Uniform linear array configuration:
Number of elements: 24
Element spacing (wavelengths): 1
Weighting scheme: hamming
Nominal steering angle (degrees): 30
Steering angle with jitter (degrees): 29.266
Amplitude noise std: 0.05
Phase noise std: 0.05

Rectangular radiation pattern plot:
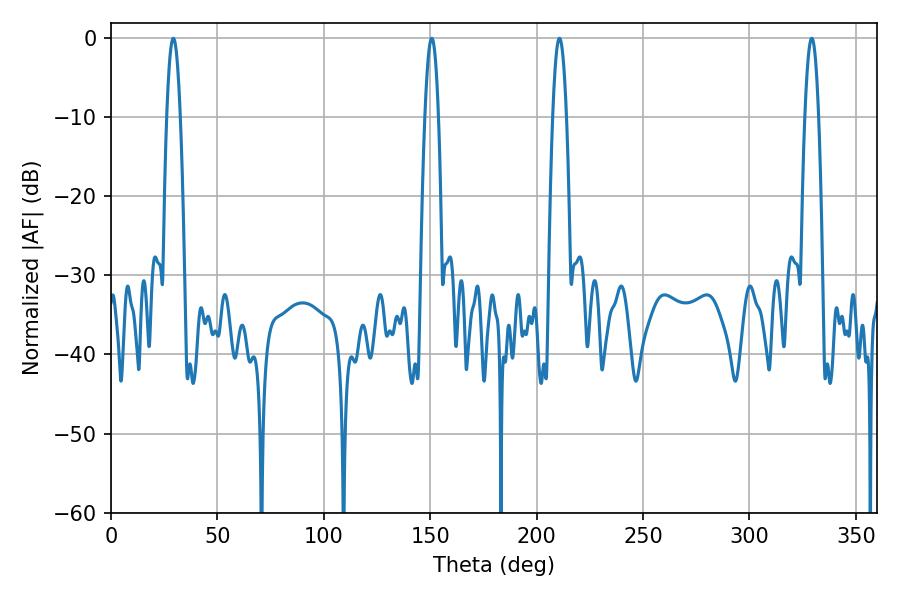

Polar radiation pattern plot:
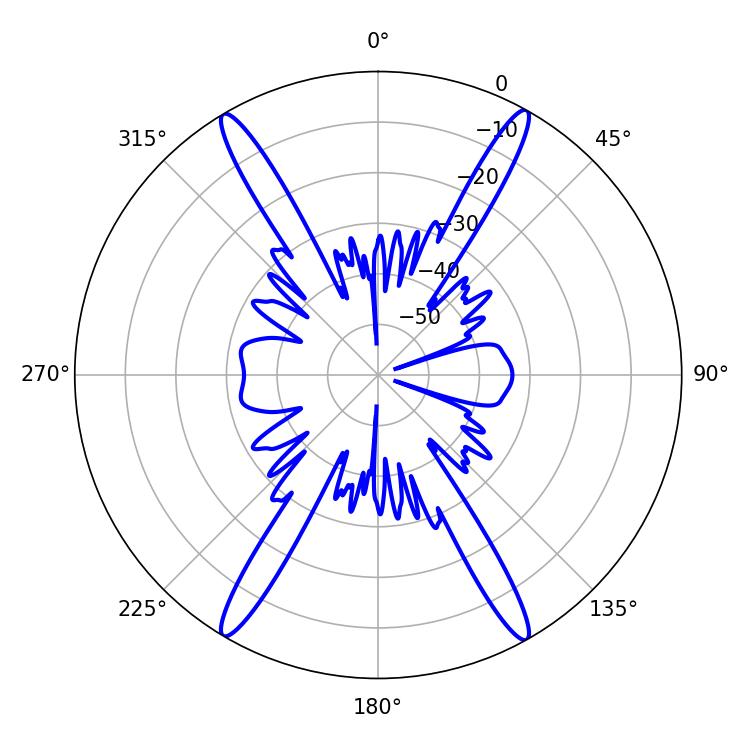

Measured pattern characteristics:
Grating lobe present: TRUE
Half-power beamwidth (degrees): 3.42
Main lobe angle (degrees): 150.66